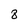
Character: 8